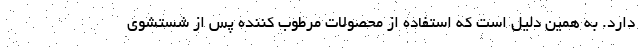
دارد. به همین دلیل است که استفاده از محصولات مرطوب کننده پس از شستشوی